Vaccination in the Punjab 1919-1929 - 1919-1929
Year: 1919
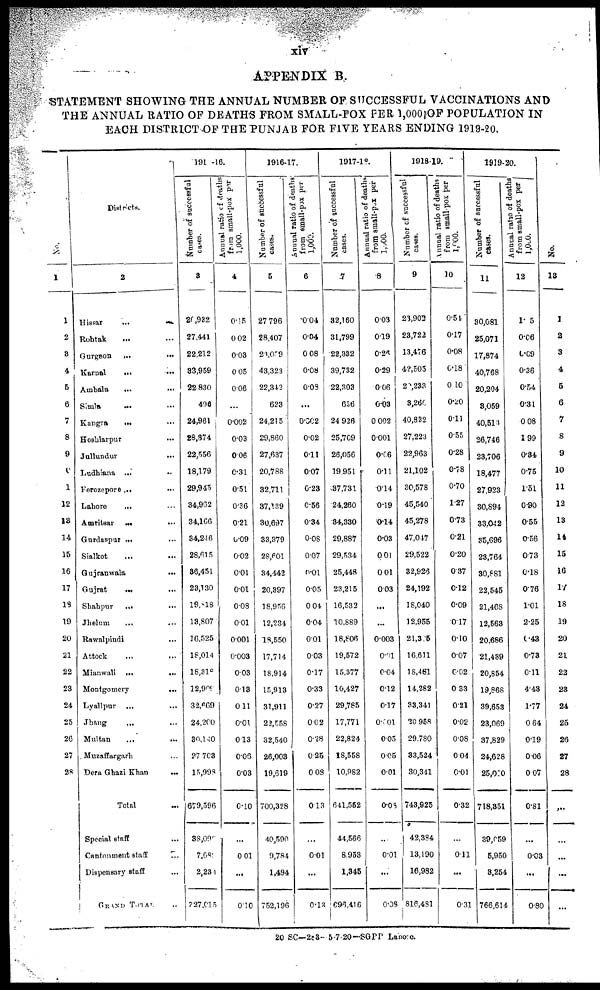
xiv
APPENDIX B.
STATEMENT SHOWING THE ANNUAL NUMBER OF SUCCESSFUL VACCINATIONS AND
THE ANNUAL RATIO OF DEATHS FROM SMALL-POX PER 1,000 OF POPULATION IN
EACH DISTRICT OF THE PUNJAB FOR FIVE YEARS ENDING 1919-20.
No.
1
1
2
3
4
5
6
7
8
9
10
11
12
13
14
15
16
17
18
19
20
21
22
23
24
25
26
27
28
Districts.
2
Hissar
...
...
Rohtak ... ...
Gurgaon ... ...
Karnal ... ...
Ambala ... ...
Simla ... ...
Kangra
... ...
Hoshiarpur ...
Jullundur
...
Ludhiana ... ...
Ferozepore ... ...
Lahore ... ...
Amritsar ... ...
Gurdaspur ... ...
Sialkot
...
...
Gujranwala ...
Gujrat
... ...
Shahpur
... ...
Jhelum ... ...
Rawalpindi ...
Attock ... ...
Mianwali
... ...
Montgomery
...
Lyallpur ... ...
Jhang
... ...
Multan
... ...
Muzaffargarh ...
Dera Ghazi Khan
...
Total ...
Special staff ...
Cantonment staff ...
Dispensary staff ...
GRAND TOTAL ...
1915-16.
Number of successful
3
20,932
27,441
22,212
83,959
22,830
496
24,961
28,374
22,556
18,179
29,945
34,962
34,166
34,246
28,615
36,451
23,130
19,818
13,807
16,525
18,014
18,318
12,909
32,669
24,200
30,160
27,703
15,998
679,596
38,091
7,68
2,231
727,015
Annual ratio of deaths
from small-pox per
1,000.
4
0.15
0.02
0.03
0.05
0.06
...
0.002
0.03
0.06
0.31
0.51
0.36
0.21
0.09
0.02
0.01
0.01
0.08
0.01
0.001
0.003
0.03
0.13
0.11
0.01
0.13
0.06
0.03
0.10
...
0.01
...
0.10
1916-17.
Number of successful
cases.
5
27,796
28,407
21,059
43,323
22,342
623
24,215
29,860
27,637
20,788
32,711
37,139
30,697
33,379
28,601
34,442
20,397
18,956
12,234
18,550
17,714
18,914
15,913
31,911
22,558
32,540
26,003
19,619
700,328
40,590
9,784
1,494
752,196
Annual ratio of deaths
from small-pox per
1,000.
6
0.04
0.04
0.08
0.08
0.03
...
0.002
0.02
0.11
0.07
0.23
0.56
0.34
0.08
0.07
0.01
0.05
0.04
0.04
0.01
0.03
0.17
0.33
0.27
0.02
0.28
0.25
0.08
0.13
...
0.01
...
0.18
1917-18.
Number of successful
cases.
7
32,160
31,799
22,332
39,732
22,303
636
24,926
25,709
26,056
19,951
37,731
24,260
34,330
29,887
29,534
25,448
23,215
16,532
10,889
18,806
19,572
15,377
10,427
29,785
17,771
22,824
18,558
10,982
641,552
44,566
8,953
1,345
096,416
Annual ratio of deaths
from small-pox per
1,000.
8
0.03
0.19
0.26
0.29
0.06
0.03
0.002
0.001
0.66
0.11
0.14
0.19
0.14
0.03
0.01
0.01
0.03
...
...
0.003
0.01
0.04
0.12
0.17
0.001
0.03
0.05
0.01
0.03
...
0.01
...
0.08
1918-19.
Number of successful
cases.
9
23,903
23,722
13,476
48,505
20,233
3,260
40,832
27,223
22,963
21,102
30,578
45,540
45,278
47,017
29,522
32,928
24,192
18,040
12,955
21,305
16,611
18,481
14,282
33,341
20,958
29,780
33,524
30,341
743,925
42,384
13,100
16,982
816,481
Annual ratio of deaths
from small-pox per
1,000.
10
0.51
0.17
0.08
0.18
0.10
0.20
0.11
0.55
0.28
0.78
0.70
1.27
0.73
0.21
0.20
0.37
0.12
0.09
0.17
0.10
0.07
0.02
0.33
0.21
0.02
0.08
0.04
0.01
0.32
...
0.11
...
0.31
1919-20.
Number of successful
cases.
11
30,081
25,071
17,874
40,768
20,204
3,059
40,513
26,746
23,706
18,477
27,923
30,894
33,042
35,696
23,764
30,881
23,545
21,468
12,563
20,686
21,489
20,854
19,868
39,653
23,069
37,829
24,628
25,010
718,851
39,059
5,950
3,254
766,614
Annual ratio of deaths
from small-pox per
12
1.5
0.06
0.09
0.36
0.54
0.31
0.08
1.99
0.84
0.75
1.51
0.90
0.55
0.56
0.73
0.18
0.76
1.01
2.25
0.48
0.73
0.11
4.43
1.77
0.04
0.19
0.06
0.07
0.81
...
0.03
...
0.80
No.
13
1
2
3
4
5
6
7
8
9
10
11
13
13
14
15
16
17
18
19
20
21
22
23
24
25
26
27
28
...
...
...
...
...
20 SC—288-5-7-20—SGPP Lahore.